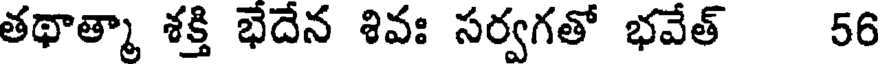
తథాత్మా శక్తి భేదేన శివః సర్వగతో భవేత్ 56